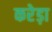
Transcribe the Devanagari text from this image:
करेड़ा